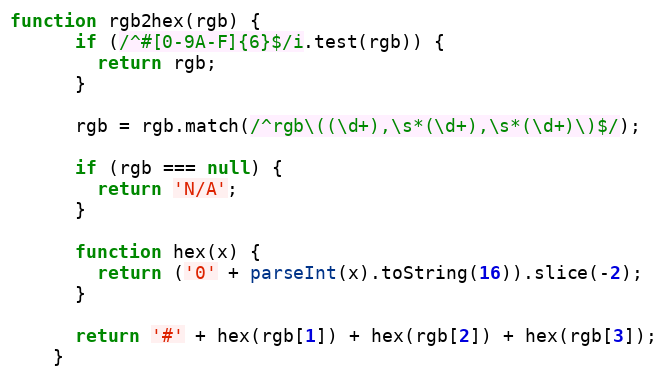
Language: JavaScript
function rgb2hex(rgb) {
      if (/^#[0-9A-F]{6}$/i.test(rgb)) {
        return rgb;
      }

      rgb = rgb.match(/^rgb\((\d+),\s*(\d+),\s*(\d+)\)$/);

      if (rgb === null) {
        return 'N/A';
      }

      function hex(x) {
        return ('0' + parseInt(x).toString(16)).slice(-2);
      }

      return '#' + hex(rgb[1]) + hex(rgb[2]) + hex(rgb[3]);
    }